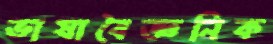
ভাষাবৈজ্ঞনিক